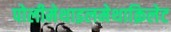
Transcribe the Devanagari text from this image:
पोलीमेथाइलमेथाक्रिलेट